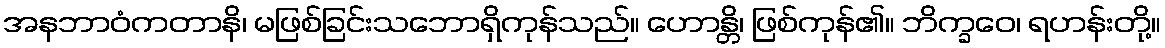
အနဘာဝံကတာနိ၊ မဖြစ်ခြင်းသဘောရှိကုန်သည်။ ဟောန္တိ၊ ဖြစ်ကုန်၏။ ဘိက္ခဝေ၊ ရဟန်းတို့။